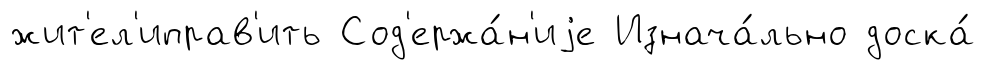
жит'ел'иправ'ить Сод'ержа́н'иjе Изнача́льно доска́